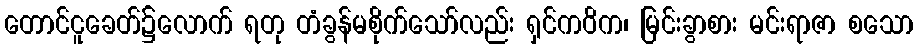
တောင်ငူခေတ်၌လောက် ရတု တံခွန်မစိုက်သော်လည်း ရှင်ကဝိက၊ မြင်းခွာစား မင်းရာဇာ စသော